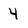
Character: 4